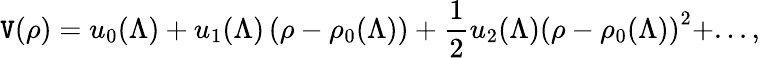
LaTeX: \mathtt{V}(\rho)=u_{0}(\Lambda)+u_{1}(\Lambda)\left(\rho-\rho_{0}(\Lambda)\right)+\frac{{1}}{{2}}u_{2}(\Lambda)\left(\rho-\rho_{0}(\Lambda)\right)^{2}+...,